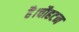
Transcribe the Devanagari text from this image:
है।चौहटन